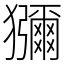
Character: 獼